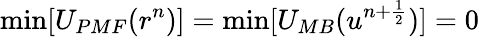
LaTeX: \mathrm{min}[U_{PMF}(r^{n})]=\mathrm{min}[U_{MB}(u^{n+\frac{1}{2}})]=0